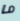
ما